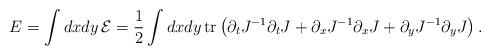
\begin{align*}E=\int dxdy\,{\cal E}=\frac{1}{2}\int dxdy\,\mbox{tr}\left(\partial_tJ^{-1}\partial_tJ+\partial_xJ^{-1}\partial_xJ+\partial_yJ^{-1}\partial_yJ\right).\end{align*}